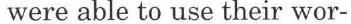
were able to use their wor-